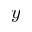
y